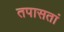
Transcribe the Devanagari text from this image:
तपासतां